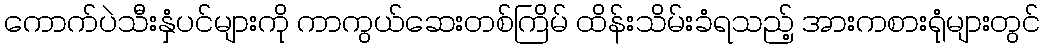
ကောက်ပဲသီးနှံပင်များကို ကာကွယ်ဆေးတစ်ကြိမ် ထိန်းသိမ်းခံရသည့် အားကစားရုံများတွင်